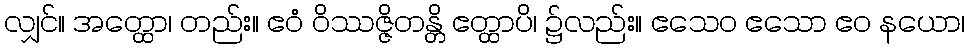
လျှင်။ အတ္ထော၊ တည်း။ ဧဝံ ဝိဿဇ္ဇိတန္တိ ဧတ္ထာပိ၊ ၌လည်း။ ဧသေဝ ဧသော ဧဝ နယော၊